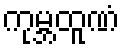
ကုမ္ဘထူဏံ